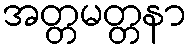
အတ္တမတ္တနာ